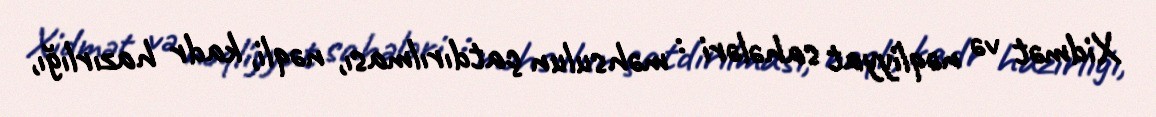
Xidmət və nəqliyyat sahələri : məhsulun çatdırılması, nəqli, kadr hazırlığı,